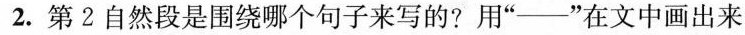
2.第2自然段是围绕哪个句子来写的?用”——”在文中画出来。